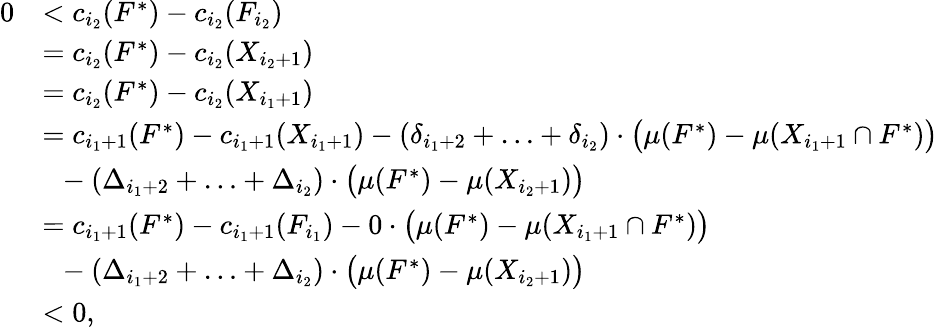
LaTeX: \begin{array}{rl}{0}&{<c_{i_{2}}(F^{*})-c_{i_{2}}(F_{i_{2}})}\\ {}&{=c_{i_{2}}(F^{*})-c_{i_{2}}(X_{i_{2}+1})}\\ {}&{=c_{i_{2}}(F^{*})-c_{i_{2}}(X_{i_{1}+1})}\\ {}&{=c_{i_{1}+1}(F^{*})-c_{i_{1}+1}(X_{i_{1}+1})-(\delta_{i_{1}+2}+\ldots+\delta_{i_{2}})\cdot\big(\mu(F^{*})-\mu(X_{i_{1}+1}\cap F^{*})\big)}\\ {}&{~~-(\Delta_{i_{1}+2}+\ldots+\Delta_{i_{2}})\cdot\big(\mu(F^{*})-\mu(X_{i_{2}+1})\big)}\\ {}&{=c_{i_{1}+1}(F^{*})-c_{i_{1}+1}(F_{i_{1}})-0\cdot\big(\mu(F^{*})-\mu(X_{i_{1}+1}\cap F^{*})\big)}\\ {}&{~~-(\Delta_{i_{1}+2}+\ldots+\Delta_{i_{2}})\cdot\big(\mu(F^{*})-\mu(X_{i_{2}+1})\big)}\\ {}&{<0,}\end{array}